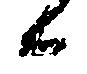
候